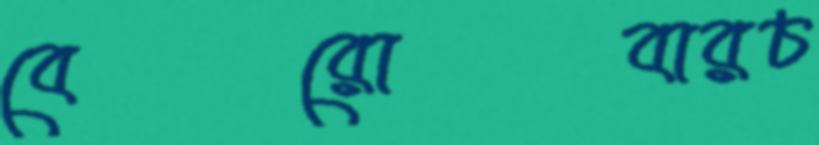
বেরোবারচ